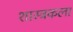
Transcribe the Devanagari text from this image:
शास्त्रकला